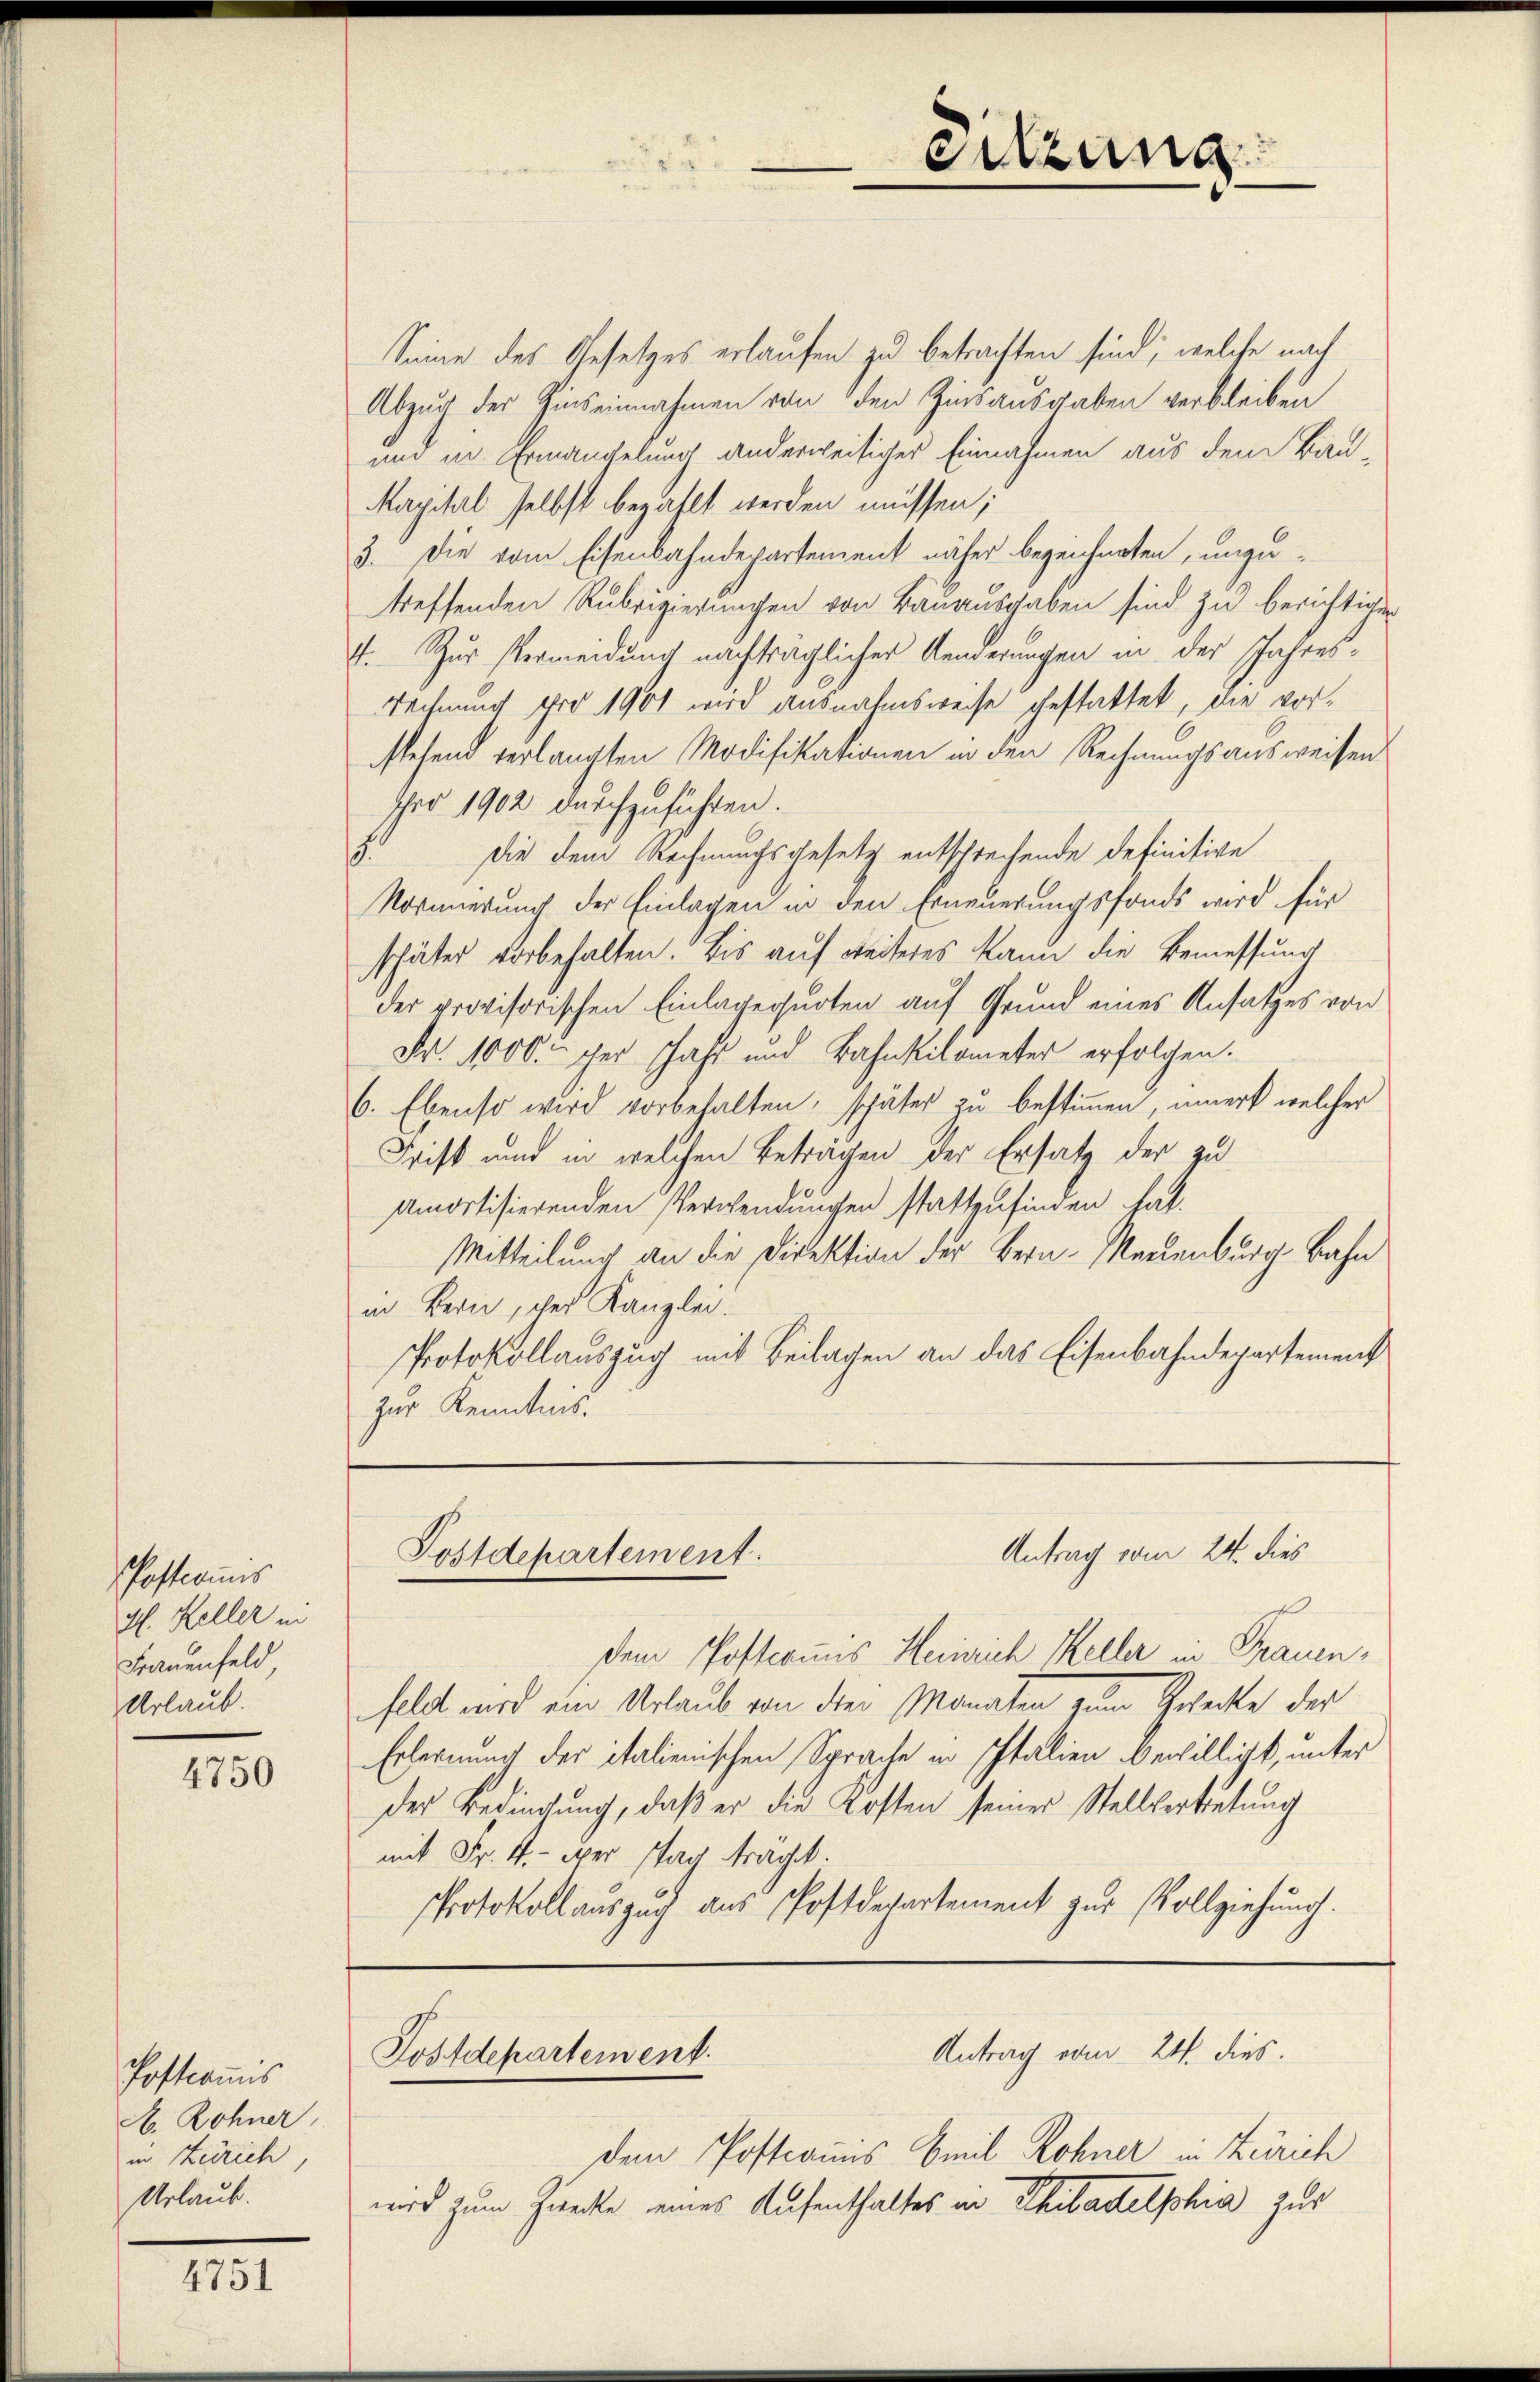
Postcomis
H. Keller in
Frauenfeld
Urlaub.

4750

Postcommis
H. Rohner,
in Zürich,
Urlaub.

4751

Seine des Gesetzes erlaufen zu betrachten sind; welche nach
Abzug der Zinseinnahmen von den Zinsausgaben verbleiben
und in Ermangelung anderweitiger Einnahmen aus dem Bau-
Maychrl selbst bezahlt werden müssen;
3. Die vom Eisenbahndepartement näher bezeichneten, unzutreffenden Rubrizierungen von Bauausgaben sind zu berichtigen
V. Zur Vermeidung nachträglicher Aenderungen in der Jahres¬
Rechnung pro 1901 wird ausnahmsweise gestattet, die vorsehend verlangten Modifikationen in den Rechnungsausweisen
Ihro 1902 durchzuführen.
3. Die dem Rechnungsgesetz entschrechende definitive
Normierung der Einlagen in den Erneuerungsfonds wird für
später vorbehalten. Bis auf weiteres kann die Bemessung
der provisorischen Einlagensurten auf Grund eines Ansatzes von
Fr. 1000. ger Jahr und Bahnkilometer erfolgen.
6. Ebenso wird vorbehalten, später zu bestimmen, imerk welcher
Frist und in welchen Betragen der Ersatz der zu
Amortisierenden Verwendungen stattzufinden hat.
Mitteilung an die Direktion der Berneuenburg Bahn
in Bern, der Kanzlei.
Protokollauszug mit Beilagen an das Eisenbahndepartement
zur Kenntnis.

dem Postmanns Heinrich Keller in Frauenfeld wird ein Urlaub von der Monaten zum Gelechte der
Erlernung der italienischen Sprache in Italien bewilligt, unter
der Bedingung, daß er die Kosten seiner Stellvertretung
mit Fr. 4.- wer stag fragt.
Protokollauszuch aus Postdepartement zur Vollziehung.

etzung

Antrag vom 24. dies
Postdepartement.

Antrag vom 24. dies
Postdepartement.

dem Postmanns Emil Rohner in Zürich
wird zum Zurechte eines Aufenthaltes in Philadelphia zur